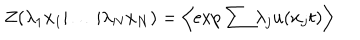
LaTeX: Z ( \lambda _ { 1 } x _ { 1 } | \ldots | \lambda _ { N } x _ { N } ) = \left\langle \exp { \sum { \lambda _ { j } u ( x _ { j } t ) } } \right\rangle